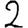
Digit: 2